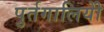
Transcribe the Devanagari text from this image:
पुर्तगालियोें